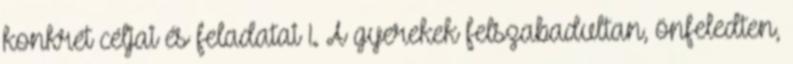
konkrét céljai és feladatai 1. A gyerekek felszabadultan, önfeledten,